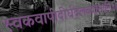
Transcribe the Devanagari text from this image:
स्वकवापीदीर्घदलव्यासानि।।